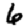
Digit: 6